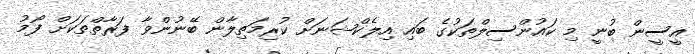
އީސީން ބުނީ މި ކައުންސިލްތަކުގެ ބައި އިލެކްޝަނަށް ކުރިމަތިލާން ބޭނުންވާ ފަރާތްތަކަށް ފޯމު